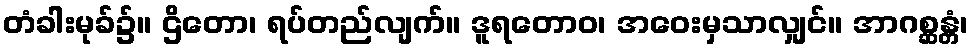
တံခါးမုခ်၌။ ဌိတော၊ ရပ်တည်လျက်။ ဒူရတောဝ၊ အဝေးမှသာလျှင်။ အာဂစ္ဆန္တံ၊